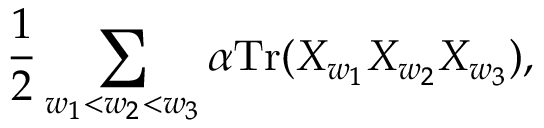
{ \frac { 1 } { 2 } } \sum _ { w _ { 1 } < w _ { 2 } < w _ { 3 } } \alpha \mathrm { T r } ( X _ { w _ { 1 } } X _ { w _ { 2 } } X _ { w _ { 3 } } ) ,